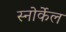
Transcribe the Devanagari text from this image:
स्नोर्केल